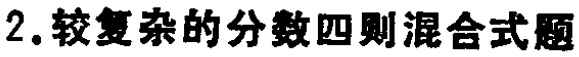
2.较复杂的分数四则混合式题